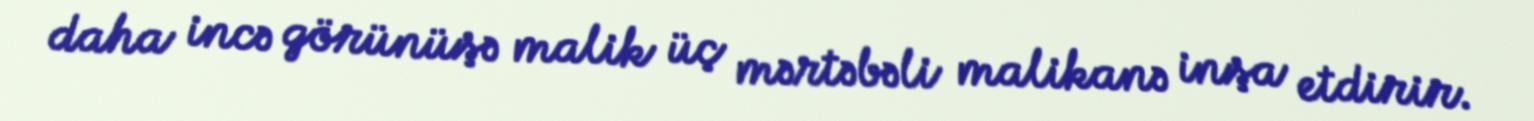
daha incə görünüşə malik üç mərtəbəli malikanə inşa etdirir.